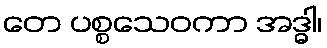
တေ ပစ္စသေဝကာ အဒ္ဓါ၊